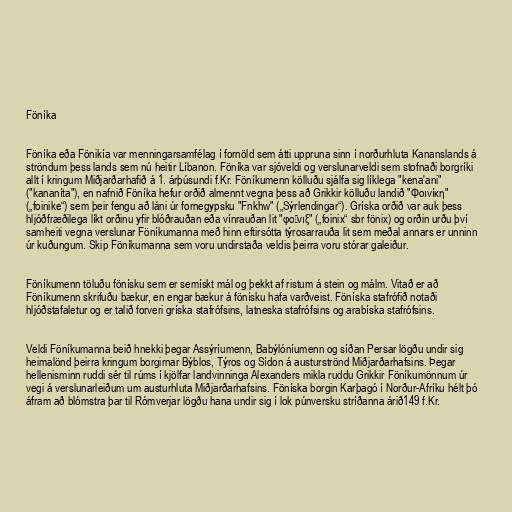
Föníka

Föníka eða Fönikía var menningarsamfélag í fornöld sem átti uppruna sinn í norðurhluta Kananslands á
ströndum þess lands sem nú heitir Líbanon. Föníka var sjóveldi og verslunarveldi sem stofnaði borgríki
allt í kringum Miðjarðarhafið á 1. árþúsundi f.Kr. Föníkumenn kölluðu sjálfa sig líklega "kena'ani"
("kananíta"), en nafnið Föníka hefur orðið almennt vegna þess að Grikkir kölluðu landið "Φοινίκη"
(„foinike“) sem þeir fengu að láni úr fornegypsku "Fnkhw" („Sýrlendingar“). Gríska orðið var auk þess
hljóðfræðilega líkt orðinu yfir blóðrauðan eða vínrauðan lit "φοῖνιξ" („foinix“ sbr fönix) og orðin urðu því
samheiti vegna verslunar Föníkumanna með hinn eftirsótta týrosarrauða lit sem meðal annars er unninn
úr kuðungum. Skip Föníkumanna sem voru undirstaða veldis þeirra voru stórar galeiður.

Föníkumenn töluðu fönísku sem er semískt mál og þekkt af ristum á stein og málm. Vitað er að
Föníkumenn skrifuðu bækur, en engar bækur á fönísku hafa varðveist. Föníska stafrófið notaði
hljóðstafaletur og er talið forveri gríska stafrófsins, latneska stafrófsins og arabíska stafrófsins.

Veldi Föníkumanna beið hnekki þegar Assýríumenn, Babýlóníumenn og síðan Persar lögðu undir sig
heimalönd þeirra kringum borgirnar Býblos, Týros og Sídon á austurströnd Miðjarðarhafsins. Þegar
hellenisminn ruddi sér til rúms í kjölfar landvinninga Alexanders mikla ruddu Grikkir Föníkumönnum úr
vegi á verslunarleiðum um austurhluta Miðjarðarhafsins. Föníska borgin Karþagó í Norður-Afríku hélt þó
áfram að blómstra þar til Rómverjar lögðu hana undir sig í lok púnversku stríðanna árið149 f.Kr.